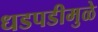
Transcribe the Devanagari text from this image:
धडपडीमुळे